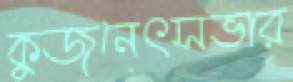
কুজনেৎসভার